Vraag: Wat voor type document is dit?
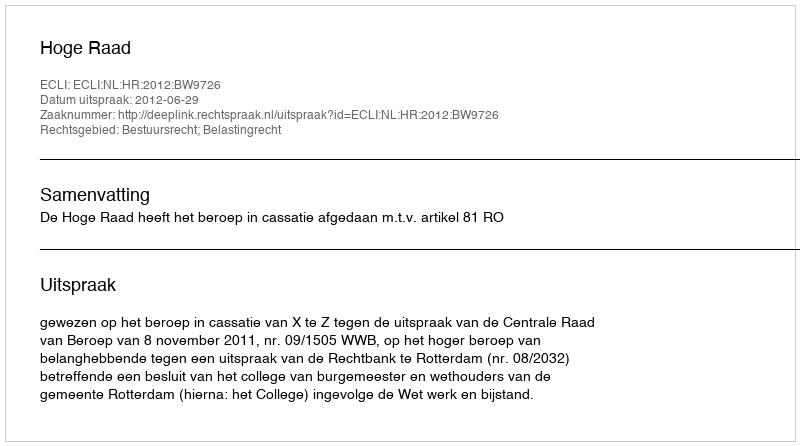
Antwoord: Uitspraak